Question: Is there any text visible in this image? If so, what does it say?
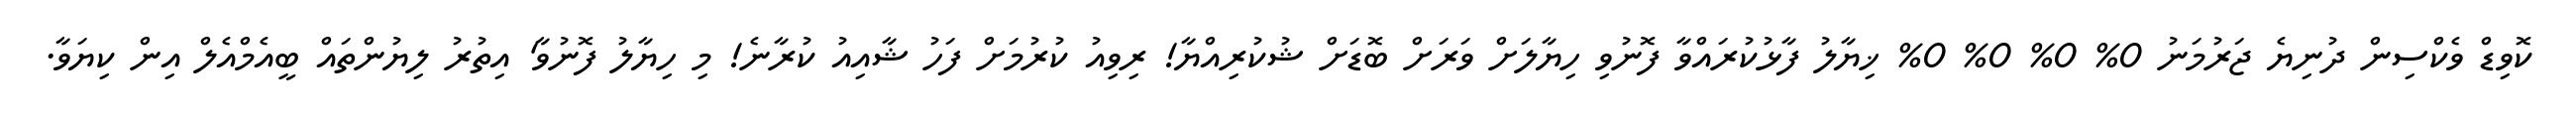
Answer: ކޮވިޑް ވެކްސިން ދުނިޔެ ޖަރުމަނު 0% 0% 0% 0% ޚިޔާލު ފާޅުކުރައްވާ ފޮނުވި ހިޔާލަށް ވަރަށް ބޮޑަށް ޝުކުރިއްޔާ! ރިވިއު ކުރުމަށް ފަހު ޝާއިއު ކުރާނެ! މި ހިޔާލު ފޮނުވާ' އިތުރު ލިޔުންތައް ބީއެމްއެލް އިން ކިޔަވާ.